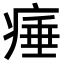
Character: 𤷣